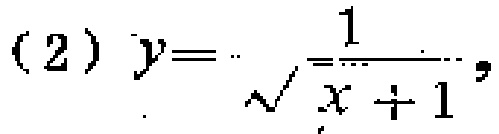
(2) \(y = \frac{1}{\sqrt{x + 1}}\)